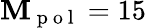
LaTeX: \mathbf{M}_{\mathrm{{~p~o~l~}}}=15